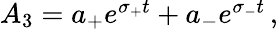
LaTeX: \begin{array}{r}{A_{3}=a_{+}e^{\sigma_{+}t}+a_{-}e^{\sigma_{-}t}\mathrm{\, ,}}\end{array}